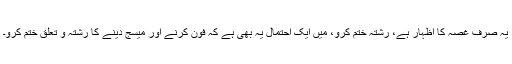
یہ صرف غصہ کا اظہار ہے، رشتہ ختم کرو، میں ایک احتمال یہ بھی ہے کہ فون کرنے اور میسج دینے کا رشتہ و تعلق ختم کرو۔